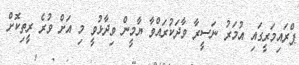
ޕްރައިމަރީގައި އުމަރު ނަސީރާ ވާދަކުރައްވާ ޔާމީން ވިދާޅުވީ މި އަށް ވުރެ ރީތިކޮށް